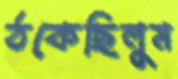
ঠকেছিলুম